Sanitation, dispensaries and jails vaccination Rajputana 1922-1927 - 1922-1927
Year: 1922
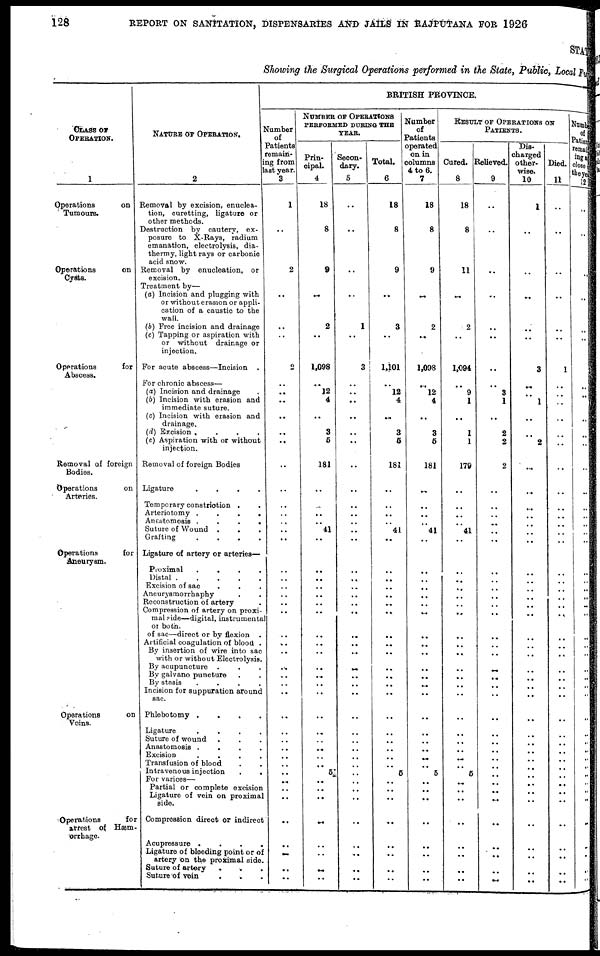
128
REPORT ON SANITATION, DISPENSARIES AND JAILS IN RAJPUTANA FOR 1926
STATE
Showing the Surgical Operations performed in the State, Public, Local Fun
CLASS OF
OPERATION.
1
Operations
on
Tumours.
Operations
on
Cysts.
Operations
for
Abscess.
Removal of foreign
Bodies.
Operations
on
Arteries.
Operations
for
Aneurysm.
Operations
on
Veins.
Operations
for
arrest of Hæm¬
orrhage.
NATURE OF OPERATION.
2
Removal by excision, enuclea¬
tion, curetting, ligature or
other methods.
Destruction by cautery, ex-
posure to X-Rays, radium
emanation, electrolysis, dia-
thermy, light rays or carbonic
acid snow.
Removal by enucleation, or
excision.
Treatment by—
(a) Incision and plugging with
or without erasion or appli-
cation of a caustic to the
wall.
(b) Free incision and drainage
(c) Tapping or aspiration with
or without drainage or
injection.
For acute abscess—Incision .
For chronic abscess—
(a) Incision and drainage .
(b) Incision with erasion and
immediate suture.
(c) Incision with erasion and
drainage.
(d) Excision .
.
.
.
(e) Aspiration with or without
injection.
Removal of foreign Bodies
Ligature
.
.
.
.
Temporary constriction . .
Arteriotomy .
.
.
.
Ansstomosis .
.
.
.
Suture of Wound . . .
Grafting
.
.
.
.
Ligature of artery or arteries—
Proximal
.
.
.
.
Distal .
.
.
.
.
Excision of sac . . .
Aneurysmorrhaphy . .
Reconstruction of artery .
Compression of artery on proxi-
mal side—digital, instrumental
of both.
of sac—direct or by flexion .
Artificial coagulation of blood .
By insertion of wire into sac
with or without Electrolysis.
By acupuncture . . .
By galvano puncture . .
By stasis
.
.
.
.
Incision for suppuration around
sac.
Phlebotomy .
.
.
.
Ligature
.
.
.
.
Suture of wound
.
.
.
Anastomosis . . . .
Excision
.
.
.
.
Transfusion of blood . .
Intravenous injection . .
For varices—
Partial or complete excision
Ligature of vein on proximal
side.
Compression direct or indirect
Acupressure .
.
.
.
Ligature of bleeding point or of
artery on the proximal side.
Suture of artery . . .
Suture of vein . . .
BRITISH PROVINCE.
Number
of
patients
remain¬
ing from
last year.
3
1
..
2
..
..
..
2
.. ..
..
..
..
..
..
..
..
..
..
..
..
..
..
..
..
..
..
..
..
..
..
.. ..
..
..
..
..
..
..
..
..
..
..
..
..
..
..
..
..
NUMBER OF OPERATIONS
PERFORMED DURING THE
YEAR.
Prin¬
cipal.
4
18
8
9
..
2
..
1,098
.. 12
4
..
3
5
181
..
..
..
.. 41
..
..
..
..
..
.. ..
..
..
..
..
.. ..
..
..
..
..
..
..
..
5
..
..
..
..
..
..
..
..
Secon¬
dary.
5
..
..
..
..
1
..
3
..
..
..
..
..
..
..
..
..
..
.. ..
..
..
..
..
..
.. ..
..
..
..
..
.. ..
..
..
..
..
..
..
..
..
..
..
..
..
..
..
..
..
Total.
6
18
8
9
..
3
..
1,101
.. 12
4
..
3
5
181
..
..
..
..
41
..
..
..
..
..
..
..
..
.. ..
..
..
..
..
..
..
..
..
..
..
..
..
..
. .
..
..
..
..
..
Number
of
Patients
operated
on in
columns
4 to 6.
7
18
8
9
..
2
..
1,098
.. 12
4
..
3
5
181
..
..
..
.. 41
..
..
..
..
..
..
..
..
..
..
..
..
...
..
..
..
..
..
..
..
5
..
..
..
..
..
..
..
..
RESULT OF OPERATIONS ON
PATIENTS.
Cured.
8
18
8
11
..
2
..
1,094
.. 9
1
..
1
1
179
..
..
..
.. 41
..
..
..
..
..
..
..
..
..
..
..
.. ..
..
..
..
..
..
..
..
5
...
..
..
..
..
..
..
..
Relieved.
9
..
..
..
..
..
..
..
.. 3
1
..
2
2
2
..
..
..
..
..
..
..
..
..
..
..
..
..
..
..
..
..
..
..
..
..
..
..
..
..
5
..
..
...
..
..
..
..
..
Dia¬
charged
other-
wise.
10
1
..
..
..
..
..
3
..
..
1
..
..
2
..
...
..
..
..
..
..
..
..
..
..
..
..
..
..
..
..
..
..
..
..
..
..
..
..
..
..
..
..
..
..
..
..
..
..
Died.
11
..
..
..
..
..
..
1
..
..
..
..
..
..
..
..
..
..
..
..
..
..
..
..
..
..
..
..
..
..
..
..
..
..
..
..
..
..
..
..
..
..
..
..
..
..
..
..
..
Number
of
Patient
remain¬
ing at
close of
the year
12
..
..
..
..
..
..
..
.. ..
..
..
..
..
..
..
..
..
..
..
..
..
..
..
..
..
..
..
..
..
..
..
..
..
..
..
..
..
..
..
..
..
..
..
..
..
..
..
..